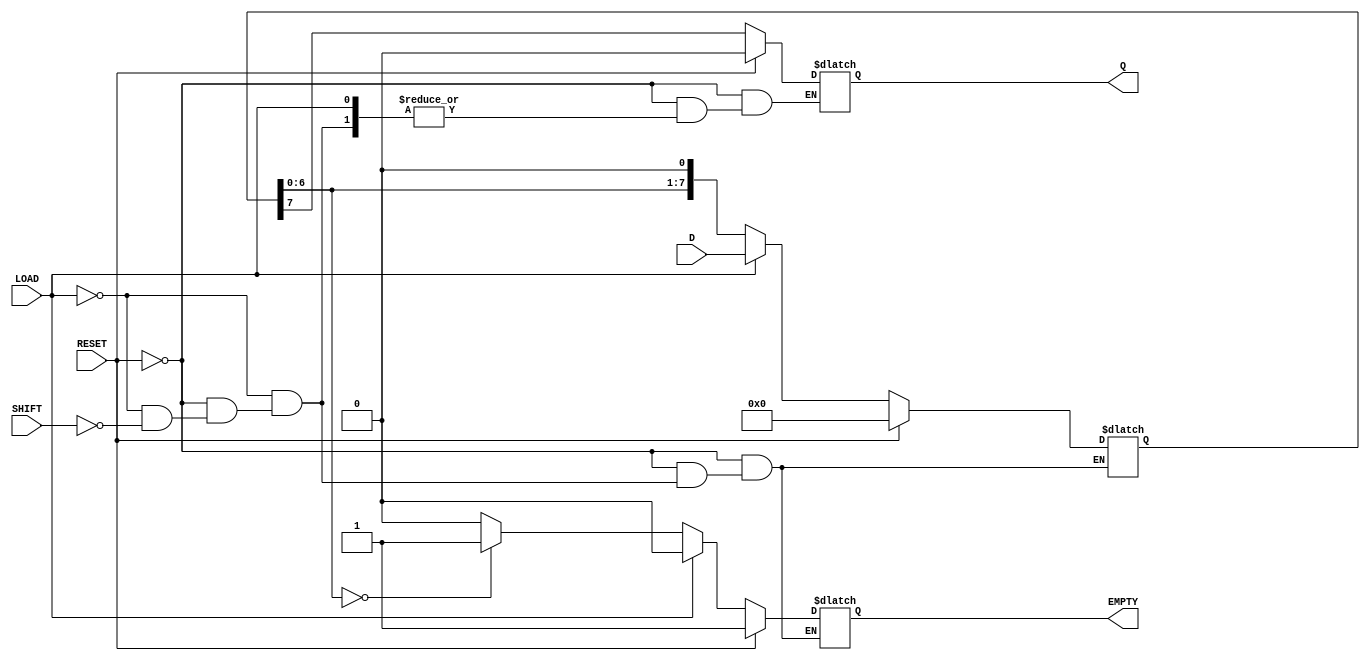
module PISO_Register #(
    parameter n = 8  // Number of bits in the register
)(
    input wire [n-1:0] D,        // Parallel data input
    input wire LOAD,              // Load control signal
    input wire SHIFT,             // Shift control signal
    input wire RESET,             // Asynchronous reset signal
    output reg Q,                 // Serial output
    output reg EMPTY              // Empty flag
);

// Internal register to hold the data
reg [n-1:0] data;
integer i;

// Asynchronous reset and loading mechanism
always @* begin
    if (RESET) begin
        data = 0;           // Clear the register on reset
        EMPTY = 1;         // Set EMPTY flag
        Q = 0;             // Clear the serial output
    end
    else begin
        if (LOAD) begin
            data = D;       // Load data in parallel
            EMPTY = 0;     // Clear EMPTY flag
        end
        else if (SHIFT) begin
            // Shift data serially
            Q = data[n-1]; // Output the MSB
            // Shift the register
            for (i = n-1; i > 0; i = i - 1) begin
                data[i] = data[i-1];
            end
            data[0] = 0;    // Fill the vacated LSB with 0
            // Check if the register is empty after shifting
            EMPTY = (data == 0) ? 1 : 0;
        end
    end
end

endmodule